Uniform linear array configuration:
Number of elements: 16
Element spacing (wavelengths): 0.75
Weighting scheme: binomial
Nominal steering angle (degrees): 45
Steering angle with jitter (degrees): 43.021
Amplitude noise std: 0.05
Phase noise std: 0.05

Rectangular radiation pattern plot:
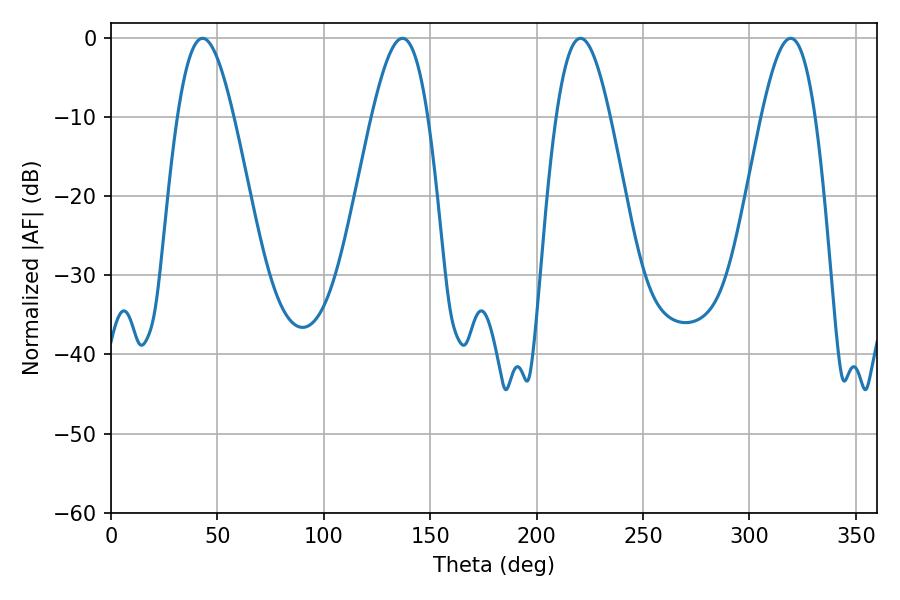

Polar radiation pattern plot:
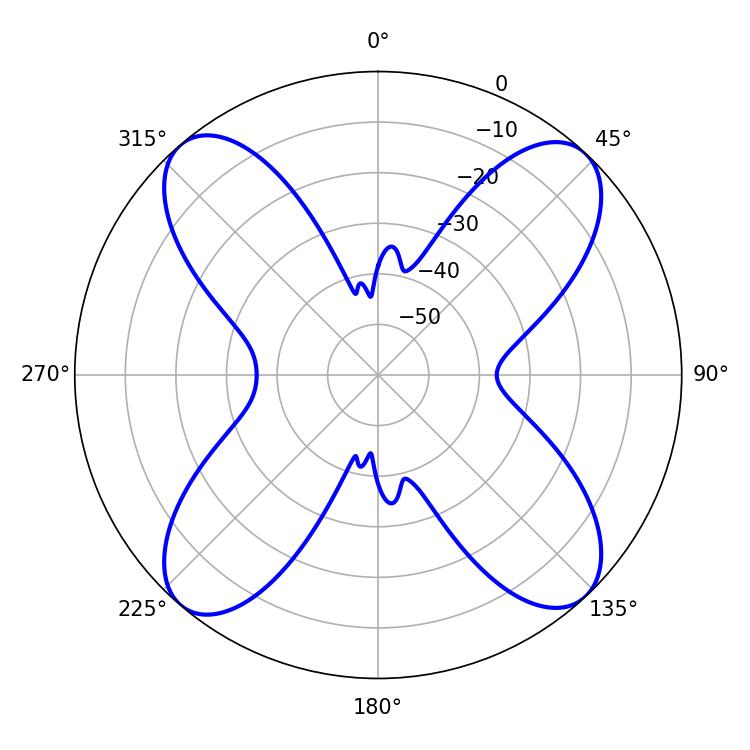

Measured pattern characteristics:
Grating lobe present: TRUE
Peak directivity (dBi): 18.045
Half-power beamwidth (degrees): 14.22
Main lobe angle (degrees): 43.02